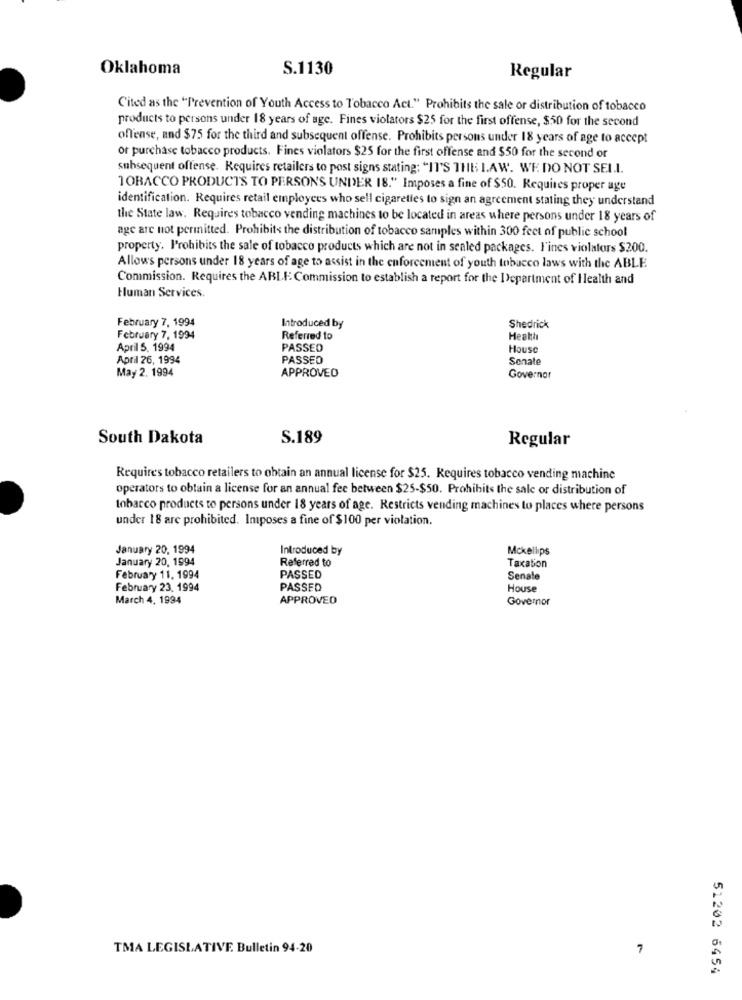
Oklahoma
S.1130
Regular
Cited as the "Prevention of Youth Access to Tobacco Act." Prohibits the sale or distribution of tobacco
products to persons under 18 years of age. Fines violators $25 for the first offense, $50 for the second
offense, and $75 for the third and subsequent offense. Prohibits persons under 18 years of age to accept
of purchase tobacco products. Fines violators $25 for the first offense and $50 for the second or
subsequent offense. Requires retailers to post signs stating; "IT'S THE LAW. WE DO NOT SEI.I.
TOBACCO PRODUCTS TO PERSONS UNDER 18." Imposes a fine of $50. Requires proper age
identification. Requires retail employees who sell cigaretles to sign an agreement stating they understand
the State law. Requires tobacco vending machines to be located in areas where persons under 18 years of
age are not permitted. Prohibits the distribution of tobacco samples within 300 feet of public school
property. Prohibits the sale of tobacco products which are not in sealed packages. l'ines violators $200.
Allows persons under 18 years of age to assist in the enforcement of youth tobacco laws with the ABLE
Commission. Requires the ABLE Commission to establish a report for the Department of Health and
Human Services.
February 7, 1994
Introduced by
Shedrick
February 7, 1994
Referred to
Health
April 5. 1994
PASSED
House
April 26, 1994
PASSED
Senate
May 2. 1994
APPROVED
Governor
South Dakota
S.189
Regular
Requires tobacco retailers to obtain an annual license for $25. Requires tobacco vending machine
operators to obtain a license for an annual fee between $25-$50. Prohibits the sale or distribution of
tobacco products to persons under 18 years of age. Restricts vending machines to places where persons
under 18 are prohibited. Imposes a fine of $100 per violation.
January 20, 1994
Introduced by
Mckellips
January 20, 1994
Referred to
Taxation
February 11, 1994
PASSED
Senate
February 23, 1994
PASSED
House
March 4, 1994
APPROVED
Governor
TMA LEGISLATIVE Bulletin 94-20
7
51202 6454